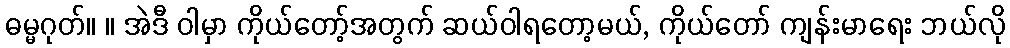
ဓမ္မဂုတ်။ ။ အဲဒီ ဝါမှာ ကိုယ်တော့်အတွက် ဆယ်ဝါရတော့မယ်, ကိုယ်တော် ကျန်းမာရေး ဘယ်လို